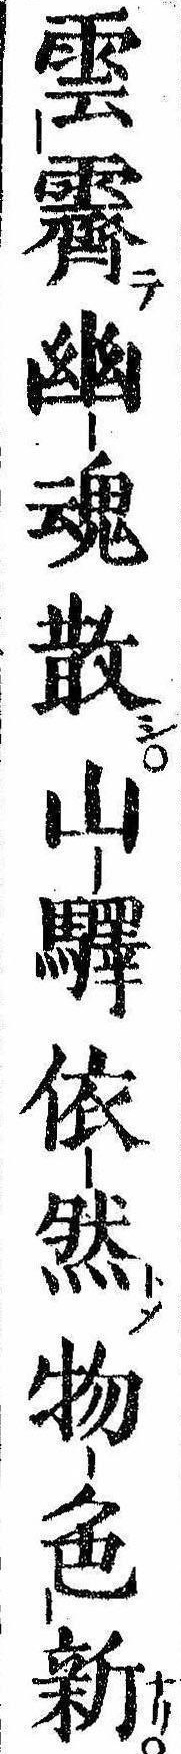
雲霽幽魂散山駅依然物色新